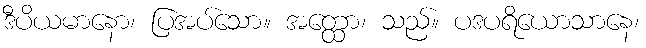
ဒီပိယမာနော၊ ပြအပ်သော။ အတ္ထော၊ သည်။ ပဒပရိယောသာနေ၊